Indian journal of veterinary science and animal husbandry - Volume 5,
Year: 1935
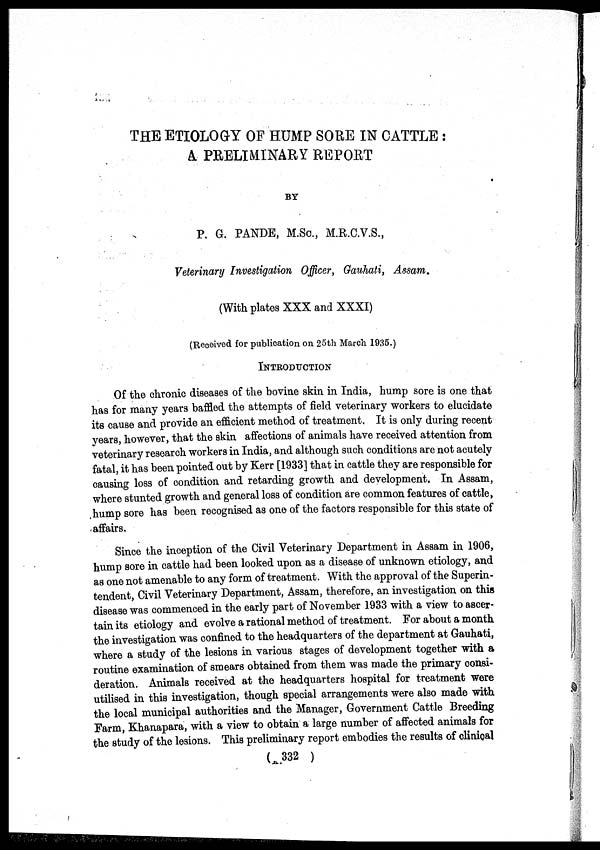
THE ETIOLOGY OF HUMP SORE IN CATTLE :
A PRELIMINARY REPORT
BY
P. G. PANDE, M.SC., M.R.C.V.S.,
Veterinary Investigation Officer, Gauhati, Assam.
(With plates XXX and XXXI)
(Received for publication on 25th March 1935.)
INTRODUCTION
Of the chronic diseases of the bovine skin in India, hump sore is one that
has for many years baffled the attempts of field veterinary workers to elucidate
its cause and provide an efficient method of treatment. It is only during recent
years, however, that the skin affections of animals have received attention from
veterinary research workers in India, and although such conditions are not acutely
fatal, it has been pointed out by Kerr [1933] that in cattle they are responsible for
causing loss of condition and retarding growth and development. In Assam,
where stunted growth and general loss of condition are common features of cattle,
hump sore has been recognised as one of the factors responsible for this state of
affairs.
Since the inception of the Civil Veterinary Department in Assam in 1906,
hump sore in cattle had been looked upon as a disease of unknown etiology, and
as one not amenable to any form of treatment. With the approval of the Superin-
tendent, Civil Veterinary Department, Assam, therefore, an investigation on this
disease was commenced in the early part of November 1933 with a view to ascer-
tain its etiology and evolve a rational method of treatment. For about a month
the investigation was confined to the headquarters of the department at Gauhati,
where a study of the lesions in various stages of development together with a
routine examination of smears obtained from them was made the primary consi-
deration. Animals received at the headquarters hospital for treatment were
utilised in this investigation, though special arrangements were also made with
the local municipal authorities and the Manager, Government Cattle Breeding
Farm, Khanapara, with a view to obtain a large number of affected animals for
the study of the lesions. This preliminary report embodies the results of clinical
( 332 )